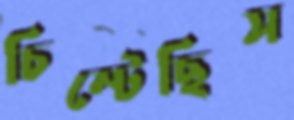
চিম্‌টেছিস